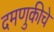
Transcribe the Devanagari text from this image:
दमणुकीचे